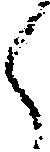
々